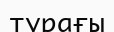
турағы